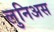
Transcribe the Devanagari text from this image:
लुनिअस